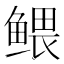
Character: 鳂